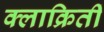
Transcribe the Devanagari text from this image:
क्लाक्रितीं